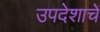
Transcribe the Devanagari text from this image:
उपदेशाचें